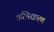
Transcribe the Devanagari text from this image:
अभिरावण